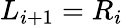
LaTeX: L_{i+1}=R_{i}